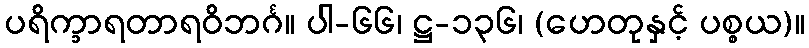
ပရိက္ခာရတာရဝိဘင်္ဂ။ ပါ-၆၆၊ ဋ္ဌ-၁၃၆၊ (ဟေတုနှင့် ပစ္စယ)။